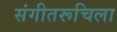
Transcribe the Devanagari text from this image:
संगीतरूचिला